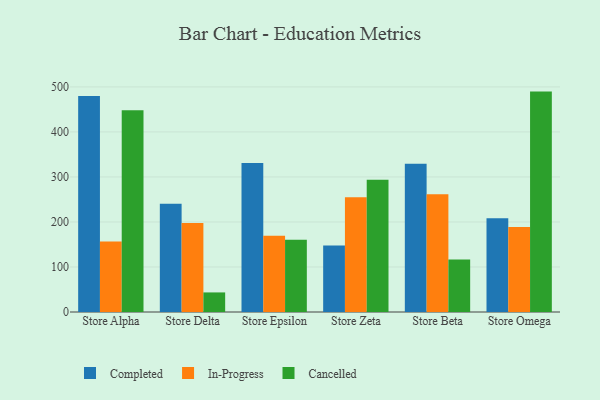
{"axis": {"x": "Store", "y": "Shipments"}, "legend": ["Cancelled", "Completed", "In-Progress"], "data": [{"x": "Store Alpha", "y": 479.9, "type": "Completed"}, {"x": "Store Alpha", "y": 156.6, "type": "In-Progress"}, {"x": "Store Alpha", "y": 448.3, "type": "Cancelled"}, {"x": "Store Delta", "y": 240.7, "type": "Completed"}, {"x": "Store Delta", "y": 197.6, "type": "In-Progress"}, {"x": "Store Delta", "y": 43.5, "type": "Cancelled"}, {"x": "Store Epsilon", "y": 331.2, "type": "Completed"}, {"x": "Store Epsilon", "y": 169.6, "type": "In-Progress"}, {"x": "Store Epsilon", "y": 160.6, "type": "Cancelled"}, {"x": "Store Zeta", "y": 147.8, "type": "Completed"}, {"x": "Store Zeta", "y": 254.9, "type": "In-Progress"}, {"x": "Store Zeta", "y": 293.7, "type": "Cancelled"}, {"x": "Store Beta", "y": 329.5, "type": "Completed"}, {"x": "Store Beta", "y": 261.3, "type": "In-Progress"}, {"x": "Store Beta", "y": 116.9, "type": "Cancelled"}, {"x": "Store Omega", "y": 208.5, "type": "Completed"}, {"x": "Store Omega", "y": 188.9, "type": "In-Progress"}, {"x": "Store Omega", "y": 489.6, "type": "Cancelled"}]}